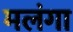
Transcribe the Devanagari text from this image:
मलंगा